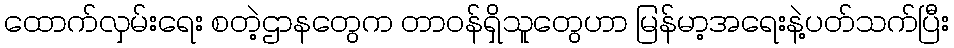
ထောက်လှမ်းရေး စတဲ့ဌာနတွေက တာဝန်ရှိသူတွေဟာ မြန်မာ့အရေးနဲ့ပတ်သက်ပြီး